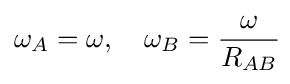
\omega _{A}=\omega ,\quad \omega _{B}={\frac {\omega }{R_{AB}}}\!